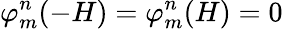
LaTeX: \varphi_{m}^{n}(-H)=\varphi_{m}^{n}(H)=0